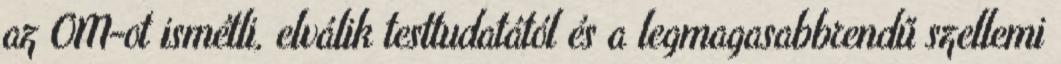
az OM-ot ismétli, elválik testtudatától és a legmagasabbrendű szellemi